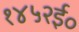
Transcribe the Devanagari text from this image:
१४५२ई॰